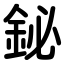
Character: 鉍